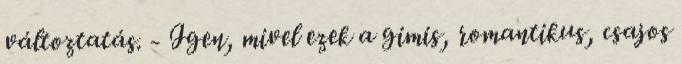
változtatás. - Igen, mivel ezek a gimis, romantikus, csajos